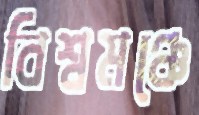
বিশ্বমঞ্চে